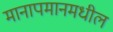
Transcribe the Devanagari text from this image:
मानापमानमधील